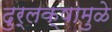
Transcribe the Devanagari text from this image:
दुर्लक्षामुळे